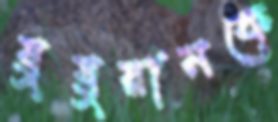
যুযুয়ানকে